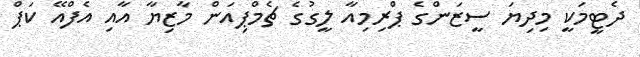
ދެޓީމަކީ މިދިޔަ ސީޒަންގެ ޕްރިމިއާ ލީގުގެ ޗެމްޕިއަން މާޒިޔާ އާއި އެފްއޭ ކަޕް